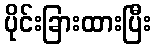
ပိုင်းခြားထားပြီး